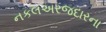
નકલઅરજદારના